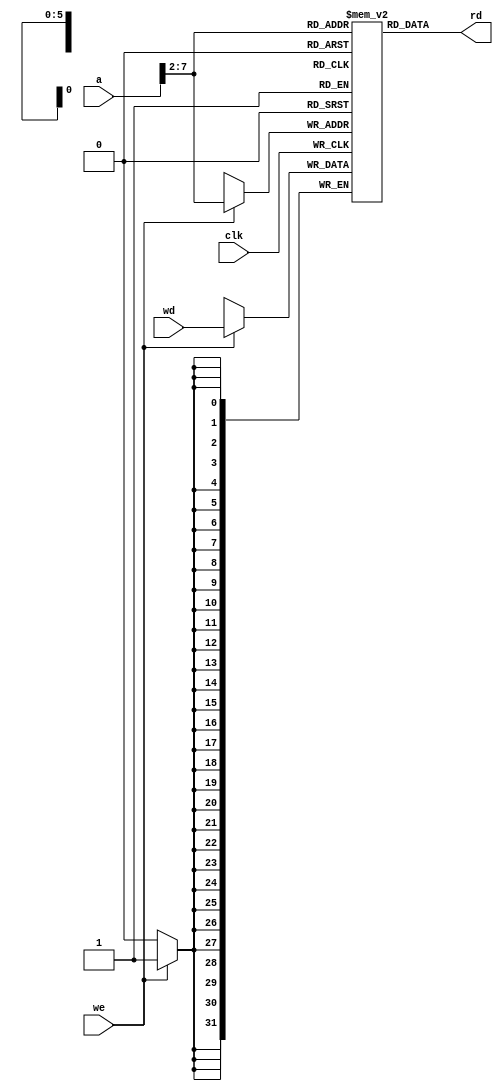
// External memories used by MIPS single-cycleprocessor
//------------------------------------------------
module dmem(input          clk, we,
            input   [31:0] a, wd,
            output  [31:0] rd);

   reg [31:0] RAM[63:0];

  assign rd = RAM[a[31:2]]; // word aligned

  always @(posedge clk)
    if (we)
      RAM[a[31:2]] <= wd;
endmodule

module imem(input   [5:0]  a,
            output  [31:0] rd);

   reg [31:0] RAM[63:0];

  initial
    begin
      $readmemh("memfile2.dat",RAM, 0, 11); // initialize memory

    end

  assign rd = RAM[a]; // word aligned
endmodule